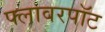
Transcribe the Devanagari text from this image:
फ्लावरपॉट